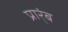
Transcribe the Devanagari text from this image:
प्रार्ंब